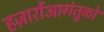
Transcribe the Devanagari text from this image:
हज़ारोंआगंतुकों